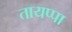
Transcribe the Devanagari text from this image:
तायप्पा